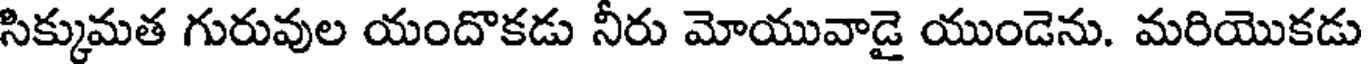
సిక్కుమత గురువుల యందొకడు నీరు మోయువాడై యుండెను. మరియొకడు